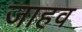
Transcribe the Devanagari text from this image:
जाहव